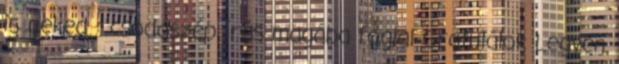
is neked : csodaszép írás magába foglal Gratulálok Legyen